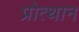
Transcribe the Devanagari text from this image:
प्रोत्थान